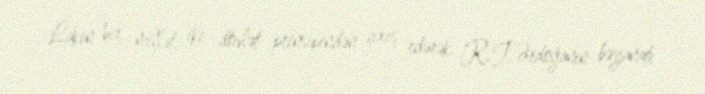
Lakin bir millət, iki dövlət prinsipindən çıxış edərək R.T.Ərdoğanın bəyanatı